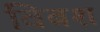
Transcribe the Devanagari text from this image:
विबश